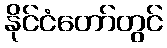
နိုင်ငံတော်တွင်